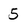
Character: 5